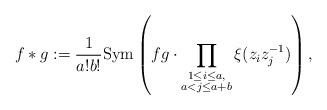
LaTeX: \begin{align*}f \ast g:=\frac{1}{a! b!}\mathrm{Sym}\left(fg \cdot \prod_{\substack{1\leq i\le a,\\ a<j\leq a+b}}\xi(z_i z_j^{-1})\right),\end{align*}